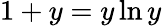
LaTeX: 1+y=y\ln y